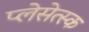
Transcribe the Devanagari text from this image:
प्लेसेत्स्क